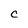
Character: C